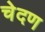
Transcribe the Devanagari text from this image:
चेदण